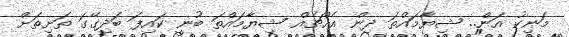
މަނިކު އަން.. ޝިޔާމައްތަ ދިން އެއްޗެއް ޝިޔާމައްތަ ބުނީ ކައިފަ ބަދިގޭގަ ތަށިތަށް